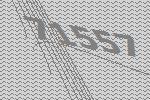
71557